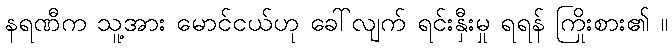
နရဏီက သူ့အား မောင်ငယ်ဟု ခေါ်လျက် ရင်းနှီးမှု ရရန် ကြိုးစား၏ ။